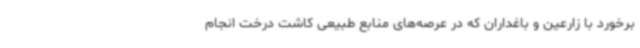
برخورد با زارعین و باغداران که در عرصه‌های منابع طبیعی کاشت درخت انجام